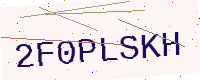
Text: 2F0PLSKH